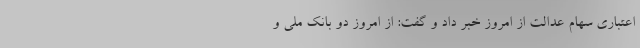
اعتباری سهام عدالت از امروز خبر داد و گفت: از امروز دو بانک ملی و